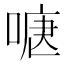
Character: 𭉍